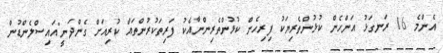
އެންމެ 16 ރަނގަޅު އަންހެން ކުޅުންތެރިޔަކު ފިރިހެން ކުޅުންތެރިންނާއެކު ފަރިތަކުރުންތައް ކުރިއަށް ގެންދަނީ"އައިސްލެންޑުން